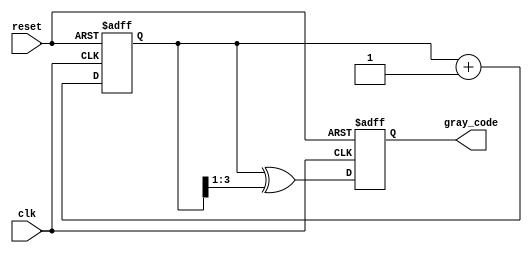
module gray_code_counter #(parameter N = 4) (
    input wire clk,
    input wire reset,
    output reg [N-1:0] gray_code
);

    // Internal signal for binary counter
    reg [N-1:0] binary_count;

    // Binary to Gray code conversion
    function [N-1:0] binary_to_gray;
        input [N-1:0] binary;
        begin
            binary_to_gray = binary ^ (binary >> 1);
        end
    endfunction

    // Always block for counter operation
    always @(posedge clk or posedge reset) begin
        if (reset) begin
            binary_count <= 0;
            gray_code <= 0;
        end else begin
            // Increment the binary count
            binary_count <= binary_count + 1;
            // Convert binary count to Gray code
            gray_code <= binary_to_gray(binary_count);
        end
    end

endmodule